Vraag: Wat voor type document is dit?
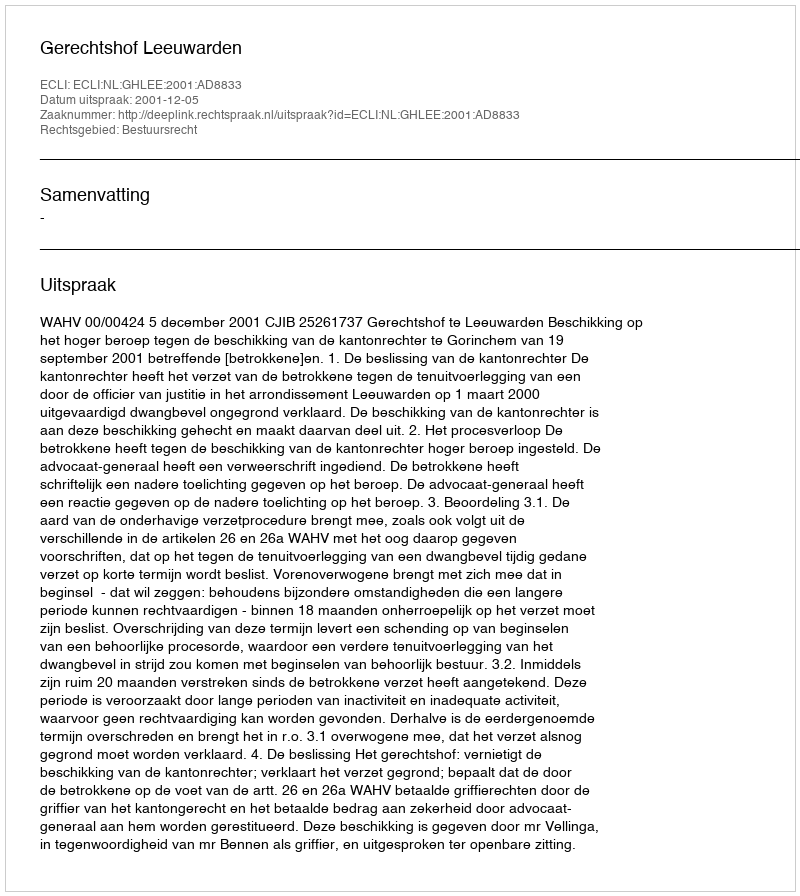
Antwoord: Uitspraak